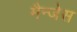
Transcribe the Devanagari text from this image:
मैन्जेस